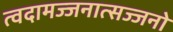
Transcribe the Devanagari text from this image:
त्वदामज्जनात्सज्जनो